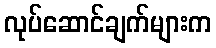
လုပ်ဆောင်ချက်များက